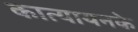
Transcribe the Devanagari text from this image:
कात्यायनके